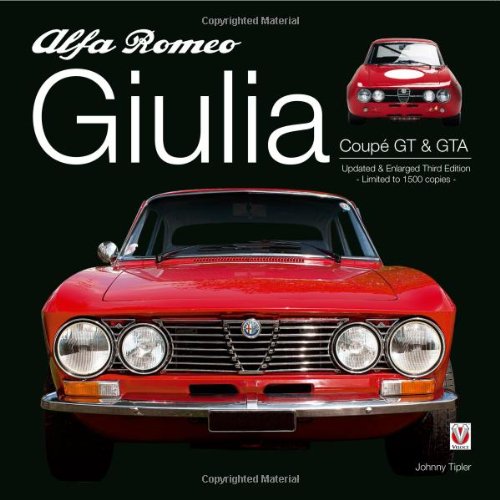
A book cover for Alfa Romeo Giulia GT & GTA: Enlarged & Revised 3rd Edition; John Tipler; Business & Money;